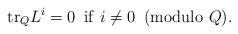
LaTeX: \begin{align*}{\rm tr}_Q L^i= 0 \, \, \, {\rm if} \, \, i\ne 0 \, \, \, ({\rm modulo} \, \, Q).\end{align*}